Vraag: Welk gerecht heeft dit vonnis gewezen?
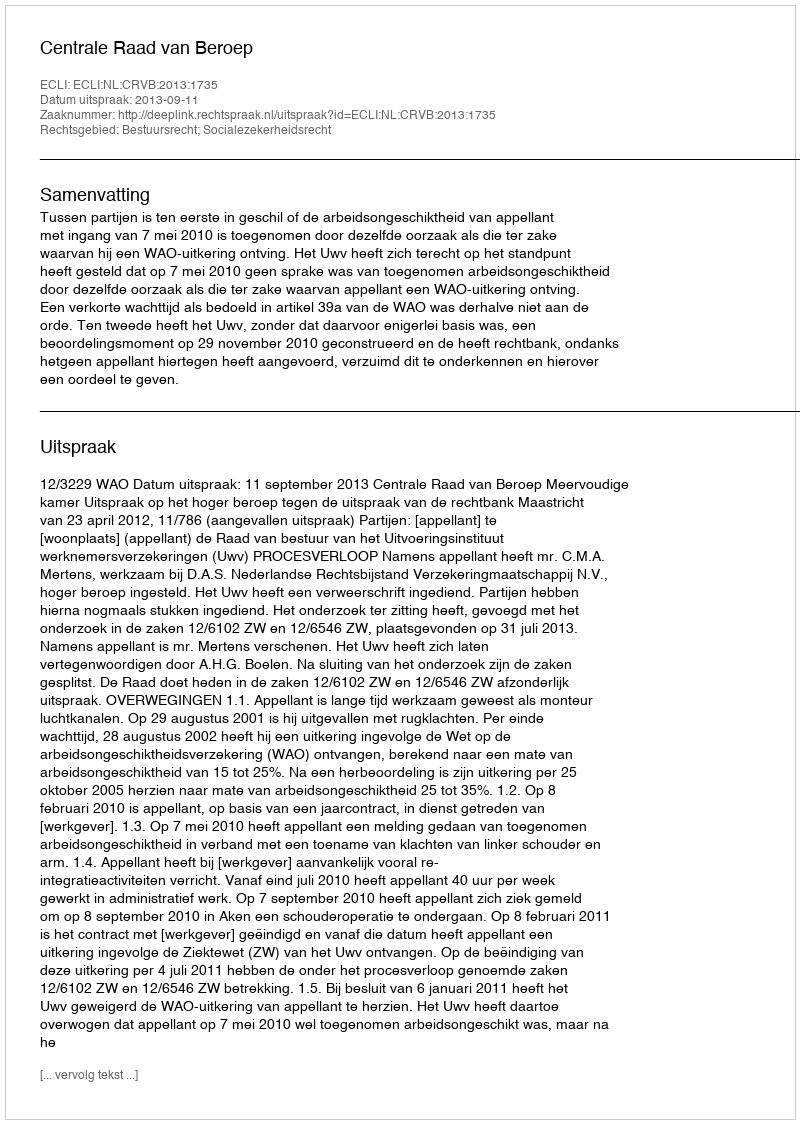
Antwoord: Centrale Raad van Beroep